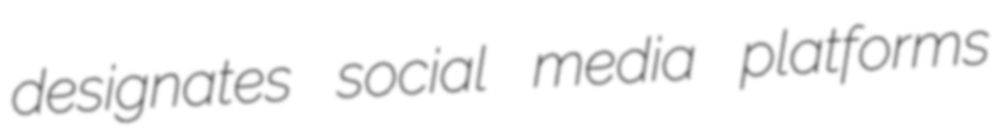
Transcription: designates social media platforms